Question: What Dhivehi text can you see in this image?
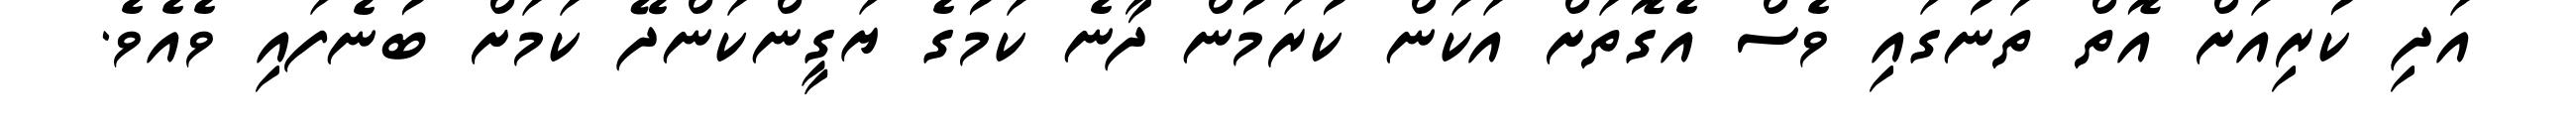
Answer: އަދި ކުރިއަށް އޮތް ތަނުގައި ވެސް އެގޮތަށް އަކަން ކުރަމުން ދާނެ ކަމުގެ ޔަގީންކަންދޭ ކަމަށް ބުނެފައި ވެއެވެ.